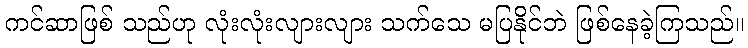
ကင်ဆာဖြစ် သည်ဟု လုံးလုံးလျားလျား သက်သေ မပြနိုင်ဘဲ ဖြစ်နေခဲ့ကြသည်။